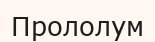
Прололум